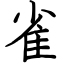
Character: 雀